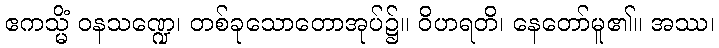
ဧကသ္မိံ ဝနသဏ္ဍေ၊ တစ်ခုသောတောအုပ်၌။ ဝိဟရတိ၊ နေတော်မူ၏။ အဿ၊